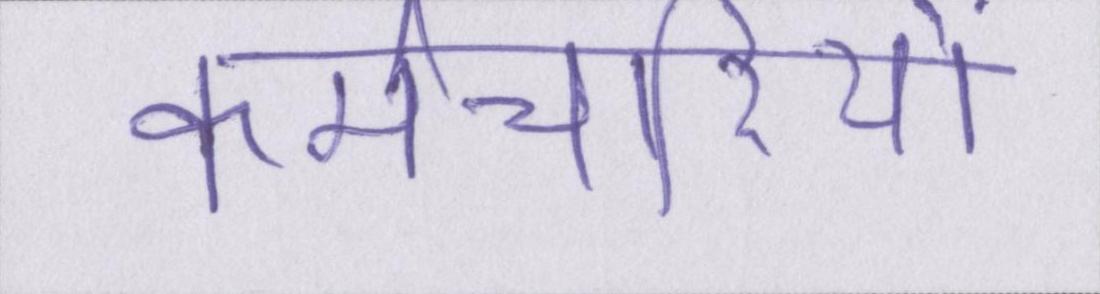
कर्मचारियों